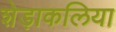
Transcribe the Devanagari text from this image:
शेड़ाकलिया